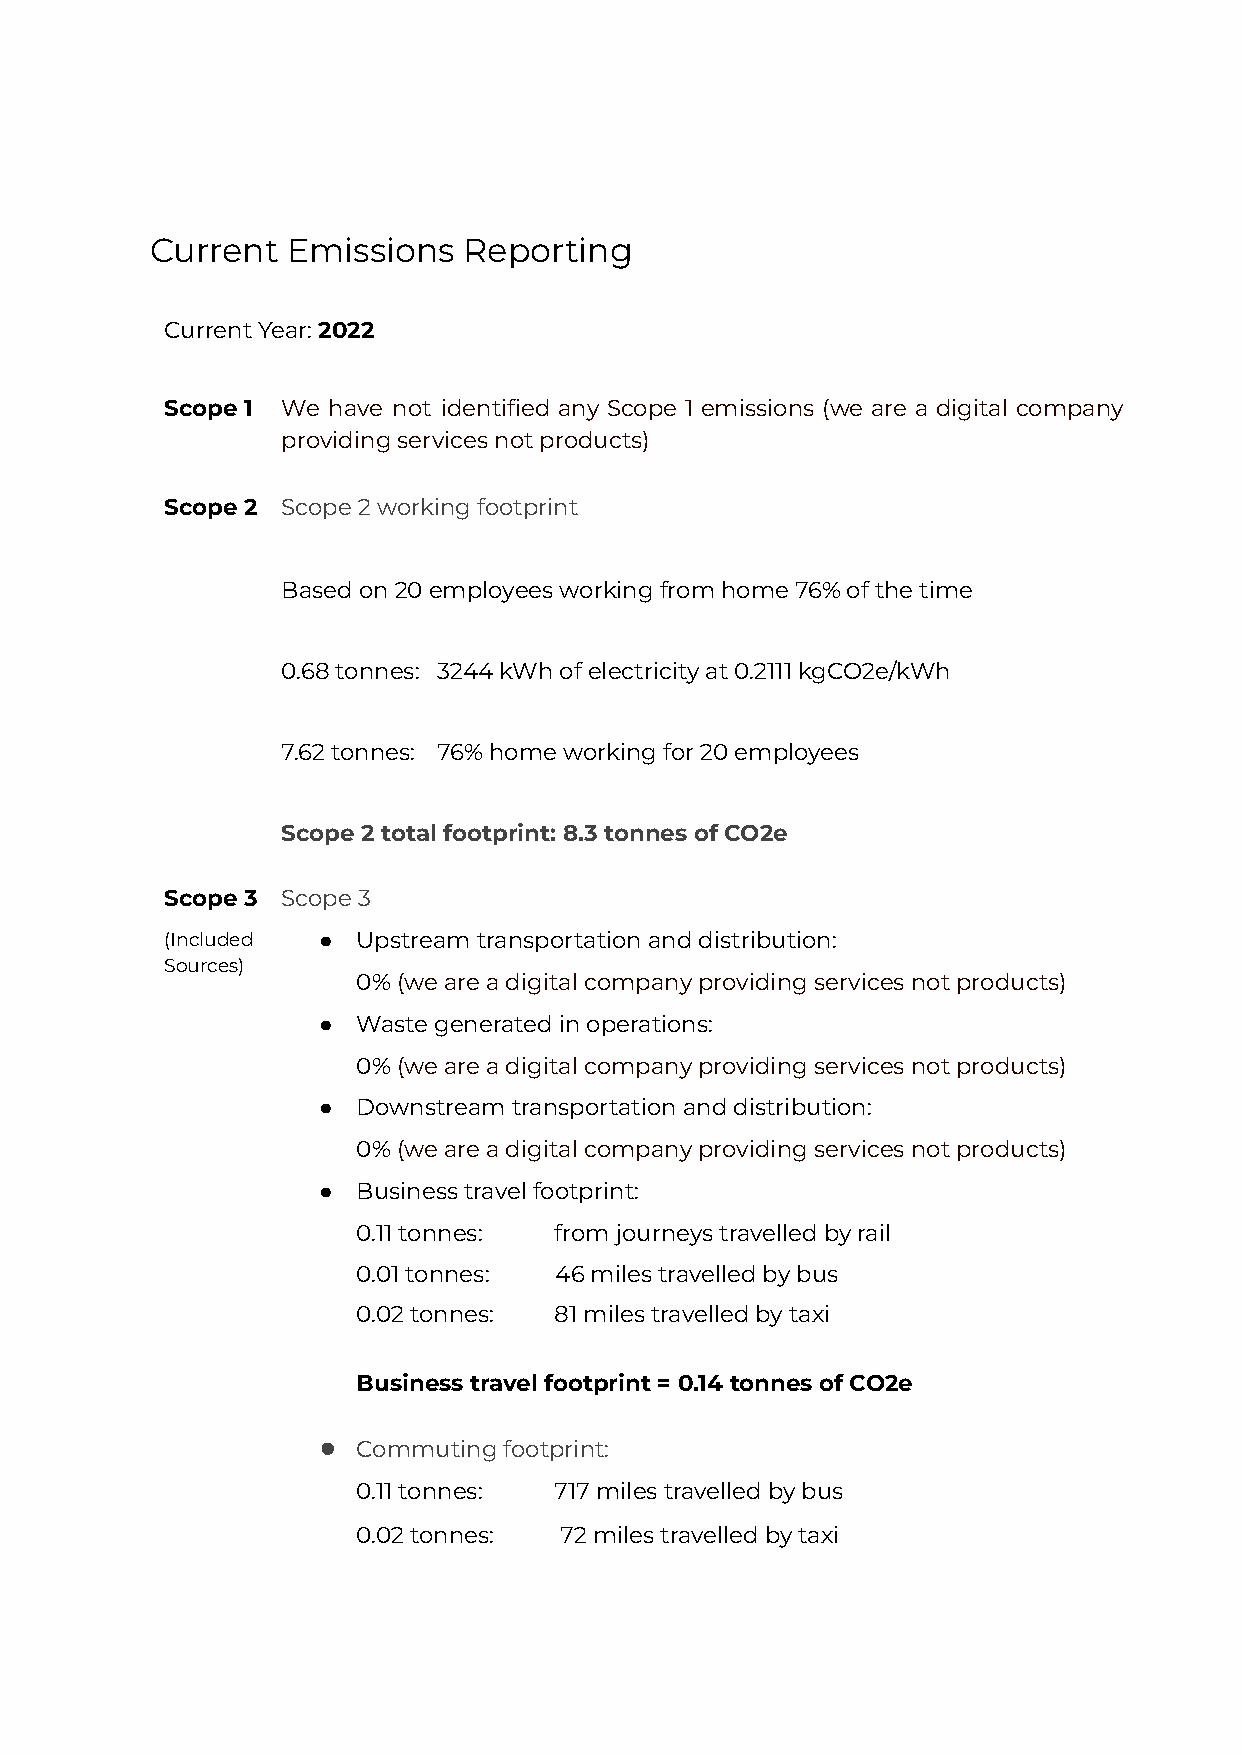
Current  Emissions   Reporting
 CurrentYear:2022
 Scope 1 We have not identified any Scope 1 emissions (we are a digital company
 providingservicesnotproducts)
 Scope 2 Scope2workingfootprint
 Basedon20employeesworkingfromhome76%ofthetime
 0.68tonnes: 3244kWhofelectricityat0.2111kgCO2e/kWh
 7.62tonnes: 76%homeworkingfor20employees
 Scope 2 total footprint: 8.3 tonnes of CO2e
 Scope 3 Scope3
 (Included ●  Upstreamtransportationanddistribution:
 Sources)
 0%(weareadigitalcompanyprovidingservicesnotproducts)
 ●  Wastegeneratedinoperations:
 0%(weareadigitalcompanyprovidingservicesnotproducts)
 ●  Downstreamtransportationanddistribution:
 0%(weareadigitalcompanyprovidingservicesnotproducts)
 ●  Businesstravelfootprint:
 0.11tonnes:  fromjourneystravelledbyrail
 0.01tonnes:  46milestravelledbybus
 0.02tonnes:  81milestravelledbytaxi
 Business travel footprint = 0.14 tonnes of CO2e
 ●  Commutingfootprint:
 0.11tonnes:  717milestravelledbybus
 0.02tonnes:  72milestravelledbytaxi